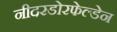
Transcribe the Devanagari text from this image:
नीदरडोरफेल्डेन